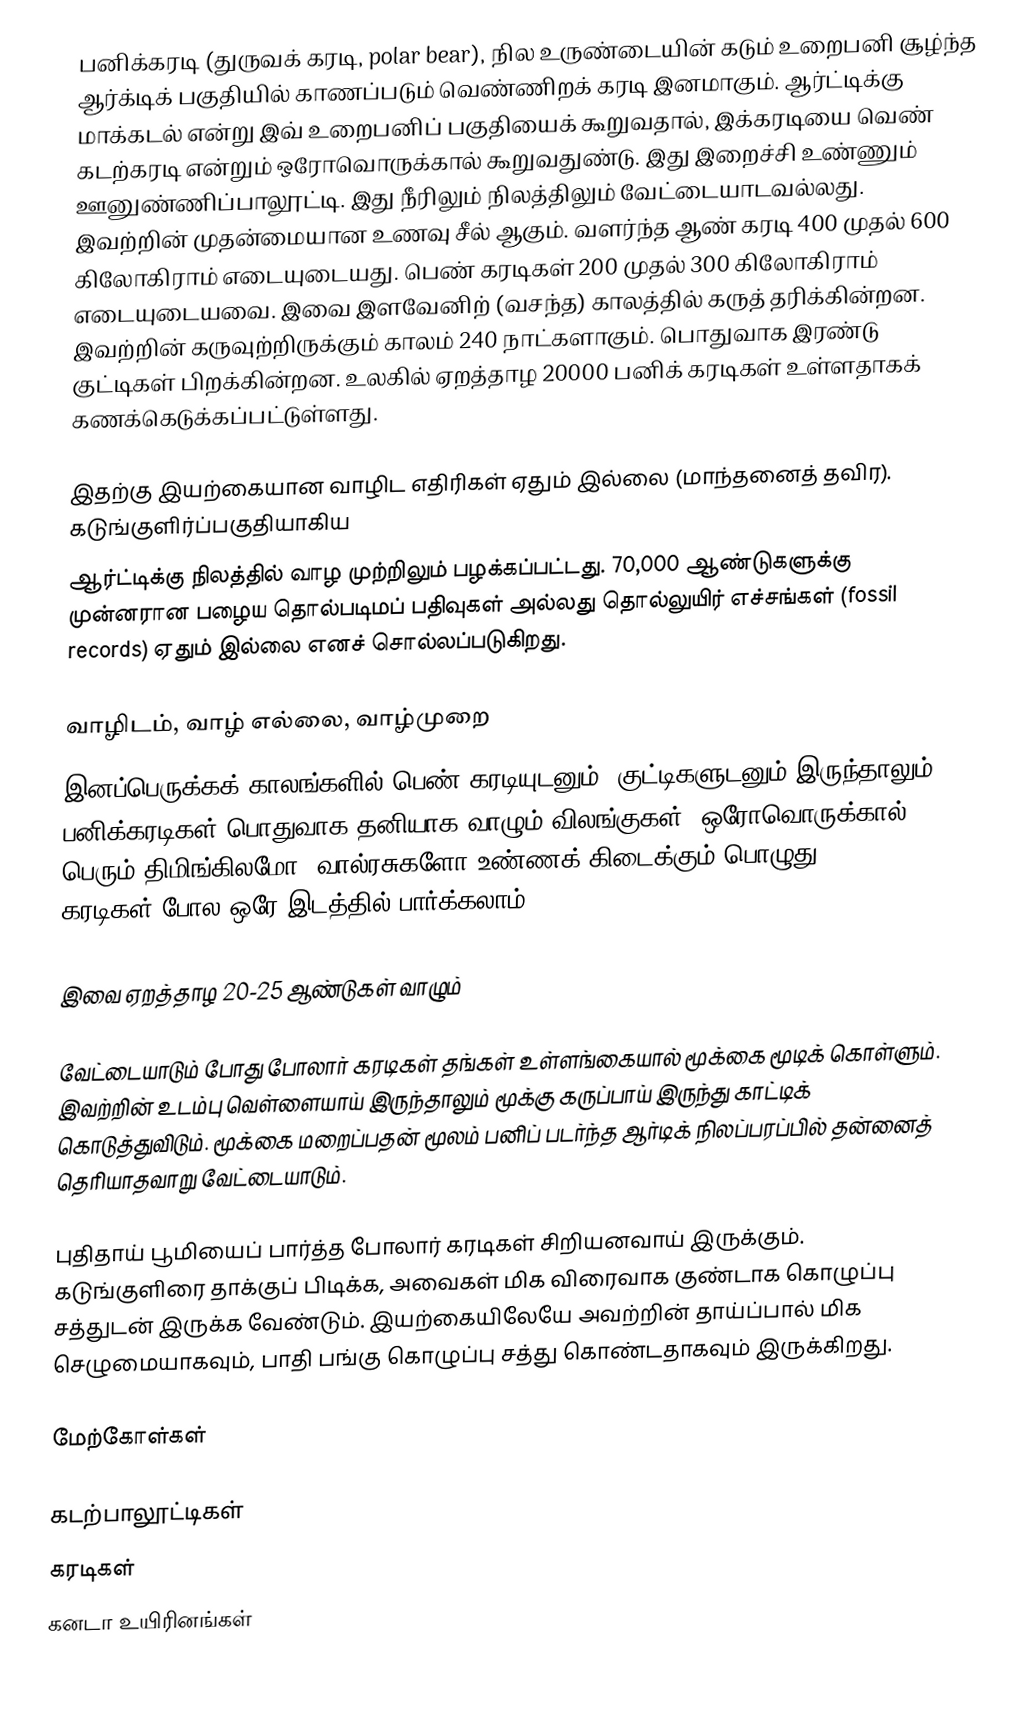
பனிக்கரடி (துருவக் கரடி, polar bear), நில உருண்டையின் கடும் உறைபனி சூழ்ந்த ஆர்க்டிக் பகுதியில் காணப்படும் வெண்ணிறக் கரடி இனமாகும். ஆர்ட்டிக்கு மாக்கடல் என்று இவ் உறைபனிப் பகுதியைக் கூறுவதால், இக்கரடியை வெண் கடற்கரடி என்றும் ஒரோவொருக்கால் கூறுவதுண்டு. இது இறைச்சி உண்ணும் ஊனுண்ணிப்பாலூட்டி. இது நீரிலும் நிலத்திலும் வேட்டையாடவல்லது. இவற்றின் முதன்மையான உணவு சீல் ஆகும். வளர்ந்த ஆண் கரடி 400 முதல் 600 கிலோகிராம் எடையுடையது. பெண் கரடிகள் 200 முதல் 300 கிலோகிராம் எடையுடையவை. இவை இளவேனிற் (வசந்த) காலத்தில் கருத் தரிக்கின்றன. இவற்றின் கருவுற்றிருக்கும் காலம் 240 நாட்களாகும். பொதுவாக இரண்டு குட்டிகள் பிறக்கின்றன. உலகில் ஏறத்தாழ 20000 பனிக் கரடிகள் உள்ளதாகக் கணக்கெடுக்கப்பட்டுள்ளது.

இதற்கு இயற்கையான வாழிட எதிரிகள் ஏதும் இல்லை (மாந்தனைத் தவிர). கடுங்குளிர்ப்பகுதியாகிய
ஆர்ட்டிக்கு நிலத்தில் வாழ முற்றிலும் பழக்கப்பட்டது. 70,000 ஆண்டுகளுக்கு முன்னரான பழைய தொல்படிமப் பதிவுகள் அல்லது தொல்லுயிர் எச்சங்கள் (fossil records) ஏதும் இல்லை எனச் சொல்லப்படுகிறது.

வாழிடம், வாழ் எல்லை, வாழ்முறை
இனப்பெருக்கக் காலங்களில் பெண் கரடியுடனும், குட்டிகளுடனும் இருந்தாலும், பனிக்கரடிகள் பொதுவாக தனியாக வாழும் விலங்குகள். ஒரோவொருக்கால் பெரும் திமிங்கிலமோ, வால்ரசுகளோ உண்ணக் கிடைக்கும் பொழுது, 20-30 கரடிகள் போல ஒரே இடத்தில் பார்க்கலாம்.

இவை ஏறத்தாழ 20-25 ஆண்டுகள் வாழும்

வேட்டையாடும் போது போலார் கரடிகள் தங்கள் உள்ளங்கையால் மூக்கை மூடிக் கொள்ளும். இவற்றின் உடம்பு வெள்ளையாய் இருந்தாலும் மூக்கு கருப்பாய் இருந்து காட்டிக் கொடுத்துவிடும். மூக்கை மறைப்பதன் மூலம் பனிப் படர்ந்த ஆர்டிக் நிலப்பரப்பில் தன்னைத் தெரியாதவாறு வேட்டையாடும்.

புதிதாய் பூமியைப் பார்த்த போலார் கரடிகள் சிறியனவாய் இருக்கும். கடுங்குளிரை தாக்குப் பிடிக்க, அவைகள் மிக விரைவாக குண்டாக கொழுப்பு சத்துடன் இருக்க வேண்டும். இயற்கையிலேயே அவற்றின் தாய்ப்பால் மிக செழுமையாகவும், பாதி பங்கு கொழுப்பு சத்து கொண்டதாகவும் இருக்கிறது.

மேற்கோள்கள்

கடற்பாலூட்டிகள்
கரடிகள்
கனடா உயிரினங்கள்